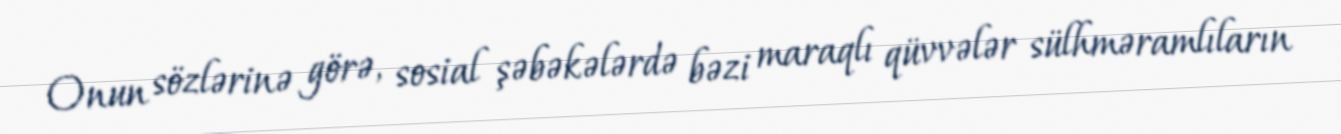
Onun sözlərinə görə, sosial şəbəkələrdə bəzi maraqlı qüvvələr sülhməramlıların